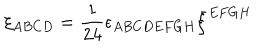
\xi _ { A B C D } = { \frac { 1 } { 2 4 } } \epsilon _ { A B C D E F G H } \bar { \xi } ^ { E F G H }